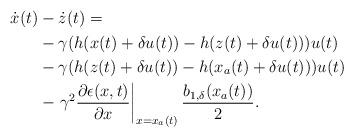
LaTeX: \begin{align*}\begin{aligned}\dot{x}(t)&-\dot{z}(t) =\\& -\gamma(h(x(t)+\delta u(t))-h(z(t)+\delta u(t)))u(t) \\&-\gamma(h(z(t)+\delta u(t))-h(x_a(t)+\delta u(t)))u(t)\\ &-\left.\gamma^2\dfrac{\partial\epsilon(x,t)}{\partial x}\right|_{x = x_a(t)} \dfrac{b_{1,\delta}(x_a(t))}{2}.\end{aligned}\end{align*}